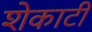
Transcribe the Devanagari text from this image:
शेकाटी